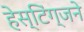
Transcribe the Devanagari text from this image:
हेस्टिंग्जने